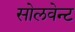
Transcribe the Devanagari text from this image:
सोलवेन्ट